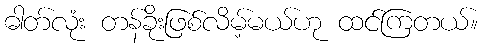
ဓါတ်လုံး တန်ခိုးဖြစ်လိမ့်မယ်ဟု ထင်ကြတယ်။